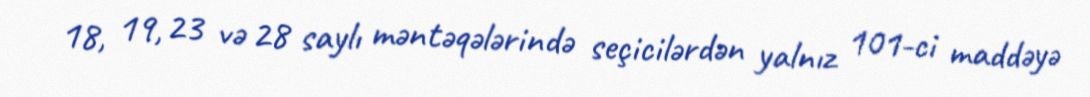
18, 19, 23 və 28 saylı məntəqələrində seçicilərdən yalnız 101-ci maddəyə